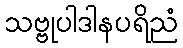
သဗ္ဗုပါဒါနပရိညံ